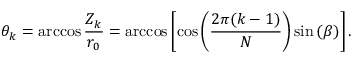
\theta _ { k } = \operatorname { a r c c o s } \frac { Z _ { k } } { r _ { 0 } } = \operatorname { a r c c o s } \left[ \cos \left( \frac { 2 \pi ( k - 1 ) } { N } \right) \sin \left( \beta \right) \right] .